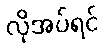
လိုအပ်ရင်